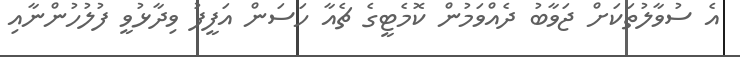
އެ ސުވާލުތަކަށް ޖަވާބު ދެއްވަމުން ކޮމެޓީގެ ޗެއާ ހަސަން އަފީފު ވިދާޅުވީ ފުލުހުންނާއި